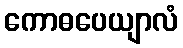
ကောဓပေယျာလံ